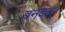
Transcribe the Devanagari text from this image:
बनकर्